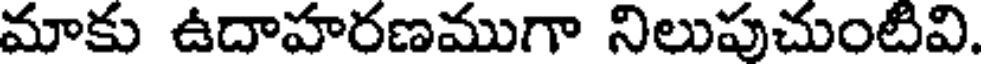
మాకు ఉదాహరణముగా నిలుపుచుంటివి.